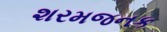
શરમજનક